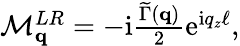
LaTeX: \begin{array}{r}{\mathcal{M}_{\mathbf{q}}^{LR}=-\mathrm{i}\frac{\widetilde\Gamma(\mathbf{q})}{2}\mathrm{e}^{\mathrm{i}q_{z}\ell},}\end{array}